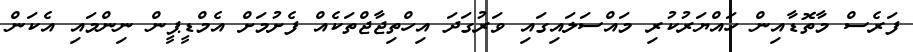
ފަރެސް މާތޮޑާއިން ހައްޔަރުކުރި މައްސަލައިގައި ވަރުގަދަ އިހްތިޖާޖްތަކެއް ފެށުމަށް އެމްޑީޕީން ނިންމައި އެކަން